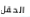
الحقل